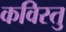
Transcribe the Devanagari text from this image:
कविस्तु